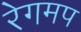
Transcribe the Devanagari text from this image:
रेगमप